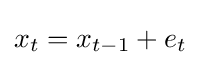
x_{t}=x_{t-1}+e_{t}